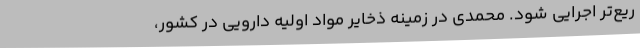
ریع‌تر اجرایی شود. محمدی در زمینه ذخایر مواد اولیه دارویی در کشور،